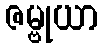
ဇမ္ဗုယာ